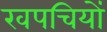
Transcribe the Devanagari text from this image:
खपचियों